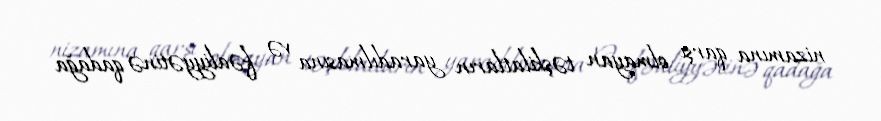
nizamına qarşı olmayan təşkilatların yaradılmasına və fəaliyyətinə qadağa